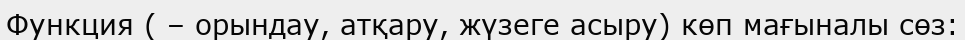
Функция ( – орындау, атқару, жүзеге асыру) көп мағыналы сөз: